Code of medical and sanitary regulations for the guidance of medical officers serving in the Madras Presidency - Volume II
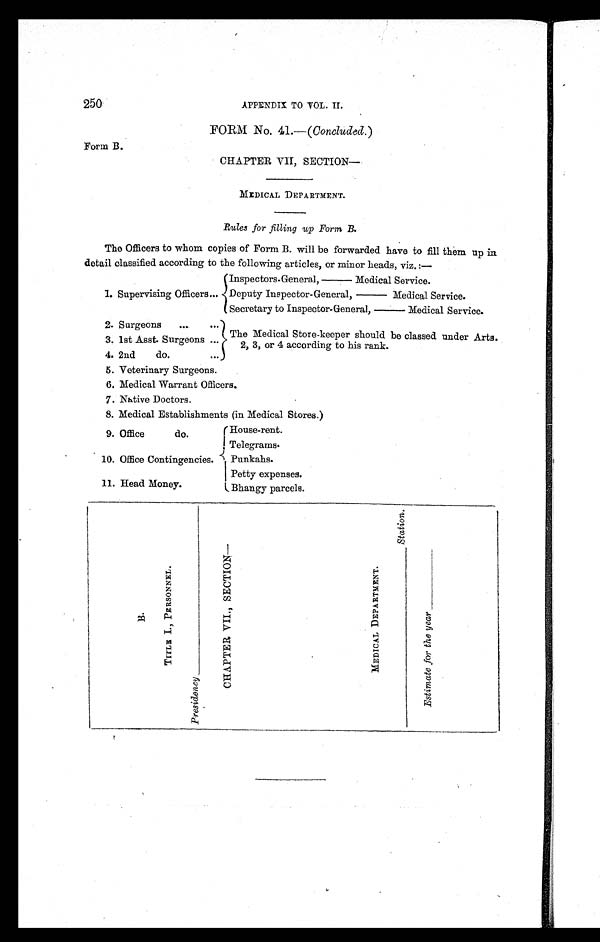
TITLE I., PERSONNEI.
PRESI DENCY————————————
CHAPTER VII., SECTION—
MEDICAL DEPARTMENT.
——————————————St at i on.
Est i mat e for t he year. —————
250
APPENDIX TO VOL. II.
FORM No. 41 .—(Concluded.)
Form B.
CHAPTER VII, SECTION—
MEDICAL DEPARTMENT.
Rules for filling up Form B.
The Officers to whom copies of Form B. will be forwarded have to fill them up in
detail classified according to the following articles, or minor heads, viz.:—
1. Supervising Officers...
Inspectors-General,——Medical Service.
Deputy Inspector-General,——Medical Service.
Secretary to Inspector-General,——Medical Service.
2. Surgeons ...
. . .
The Medical Store-keeper should be classed under Arts.
2, 3, or 4 according to his rank.
3. 1st Asst Surgeons . . .
4. 2nd
do.
. . .
5. Veterinary Surgeons.
6. Medical Warrant Officers.
7 . Native Doctors.
8. Medical Establishments (in Medical Stores.)
9. Office
do.
House-rent.
Telegrams.
10. Office Contingencies. Punkahs.
Potty expenses.
11. Head Money.
Bhangy parcels.